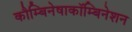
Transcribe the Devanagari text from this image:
कौम्बिनेषाकॉम्बिनेशन